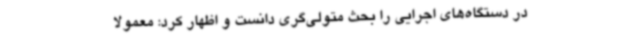
در دستگاه‌های اجرایی را بحث متولی‌گری دانست و اظهار کرد: معمولاً